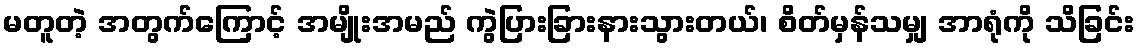
မတူတဲ့ အတွက်ကြောင့် အမျိုးအမည် ကွဲပြားခြားနားသွားတယ်၊ စိတ်မှန်သမျှ အာရုံကို သိခြင်း